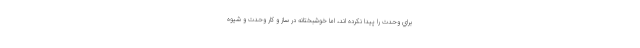
براي وحدت را پيدا نكرده اند، اما خوشبختانه در ساز و كار وحدت و شيوه